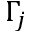
\Gamma _ { j }